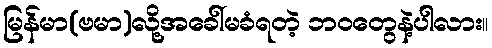
မြန်မာ(ဗမာ)လို့အခေါ်မခံရတဲ့ ဘဝတွေနဲ့ပါလား။